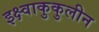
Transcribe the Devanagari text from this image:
इक्ष्वाकुकुलीन